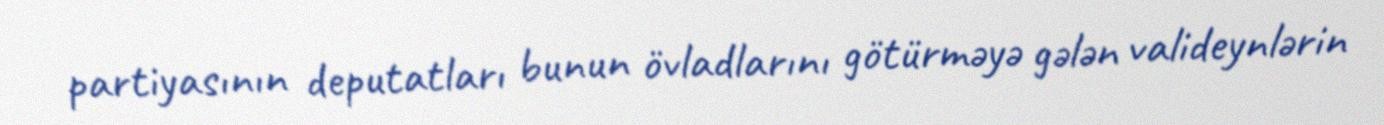
partiyasının deputatları bunun övladlarını götürməyə gələn valideynlərin